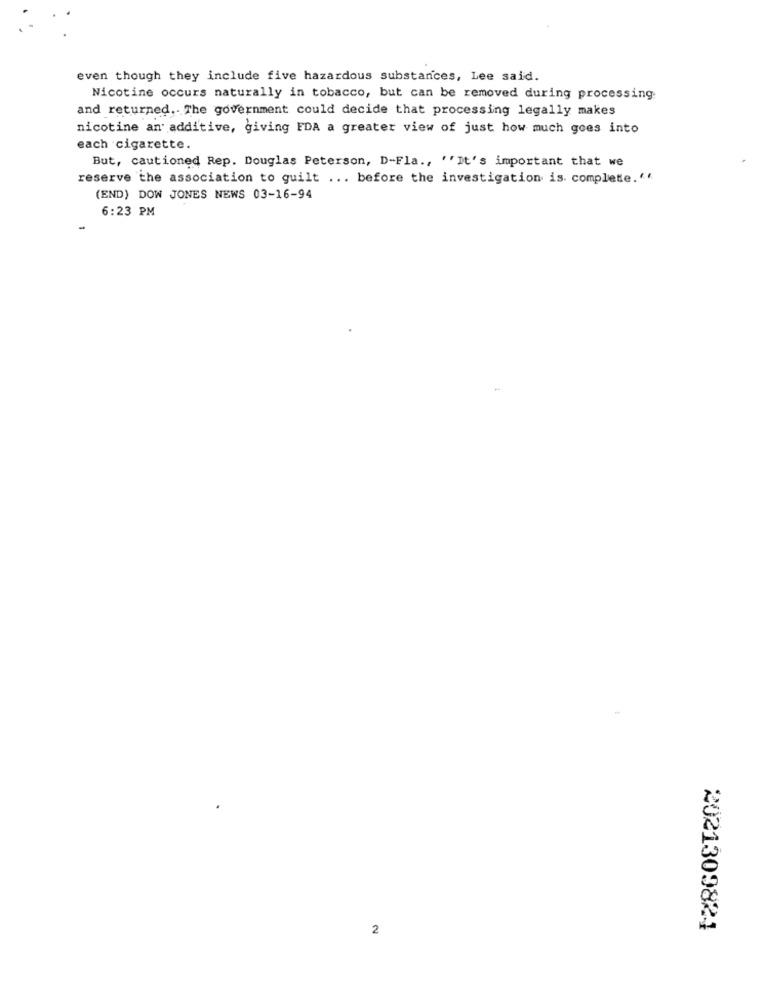
even though they include five hazardous substances, Lee said.
Nicotine occurs naturally in tobacco, but can be removed during processing
and returned .. The government could decide that processing legally makes
nicotine an additive, giving FDA a greater view of just how much goes into
each cigarette.
But, cautioned Rep. Douglas Peterson, D-Fla ., ''It's important that we
reserve the association to guilt ... before the investigation is. complete.""
(END) DOW JONES NEWS 03-16-94
6:23 PM
2
2021309824